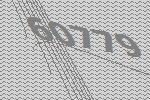
60779